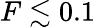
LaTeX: F\lesssim 0.1